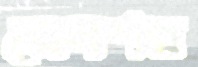
রেনশর